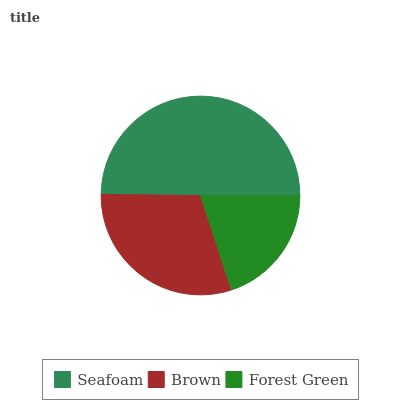
| Seafoam | Brown | Forest Green |
 | --- | --- | --- |
 | 49.8% | 30.3% | 19.9% |